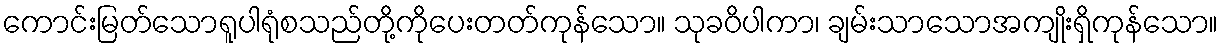
ကောင်းမြတ်သောရူပါရုံစသည်တို့ကိုပေးတတ်ကုန်သော။ သုခဝိပါကာ၊ ချမ်းသာသောအကျိုးရှိကုန်သော။